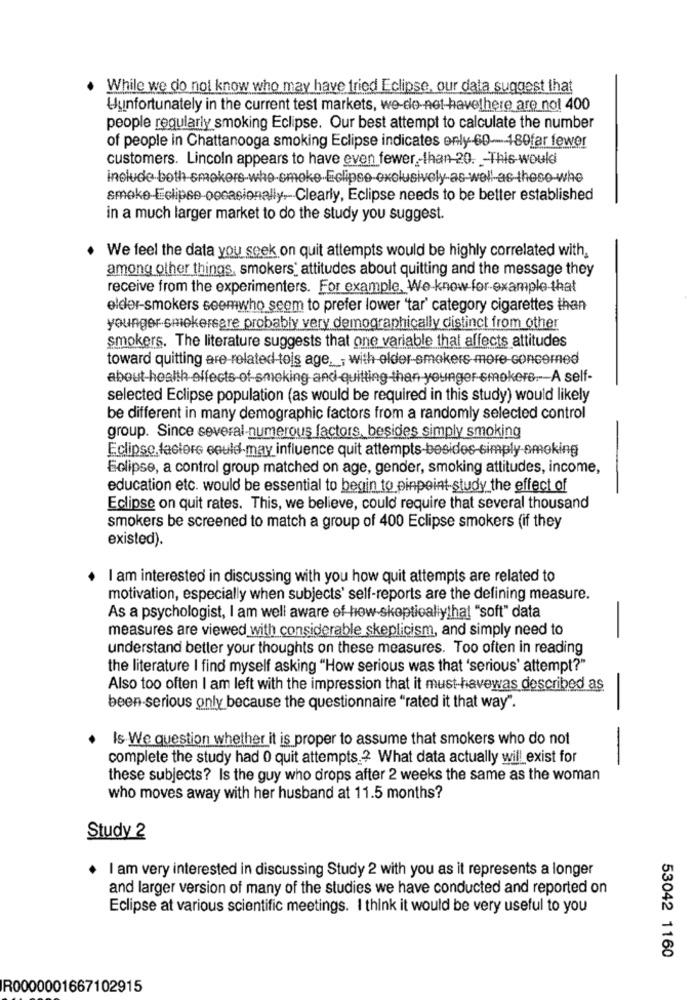
While we do not know who may have tried Eclipse, our data suggest that
Wunfortunately in the current test markets, we-do-net-havethere are not 400
people regularly smoking Eclipse. Our best attempt to calculate the number
of people in Chattanooga smoking Eclipse indicates only 60-180far fewer
customers. Lincoln appears to have even fewer,than 20. _- This would
smoke-Eclipse-occasionally.Clearly, Eclipse needs to be better established
in a much larger market to do the study you suggest.
We feel the data you seek on quit attempts would be highly correlated with,
among other things, smokers' attitudes about quitting and the message they
receive from the experimenters. For example, We-know for example-that
elder-smokers seemwho seem to prefer lower 'tar' category cigarettes than
younger smekersare probably very demographically distinct from other
smokers. The literature suggests that one variable that affects attitudes
toward quitting are-related tois age, , with older-smokers more-concerned
about-health effects of smoking and quitting than younger-smokers. A self-
selected Eclipse population (as would be required in this study) would likely
be different in many demographic factors from a randomly selected control
group. Since several numerous factors, besides simply smoking
Eclipse factors could-may influence quit attempts-besides-simply smoking
Eclipse, a control group matched on age, gender, smoking attitudes, income,
education etc. would be essential to begin to pinpoint study the effect of
Eclipse on quit rates. This, we believe, could require that several thousand
smokers be screened to match a group of 400 Eclipse smokers (if they
existed).
I am interested in discussing with you how quit attempts are related to
motivation, especially when subjects' self-reports are the defining measure.
-
As a psychologist, I am well aware of how-skopticallythat "soft" data
measures are viewed with considerable skepticism, and simply need to
-
understand better your thoughts on these measures. Too often in reading
the literature I find myself asking "How serious was that 'serious' attempt?"
Also too often I am left with the impression that it must-havewas described as
been serious only because the questionnaire "rated it that way".
-
Is We question whether it is proper to assume that smokers who do not
-
complete the study had 0 quit attempts ? What data actually will exist for
these subjects? Is the guy who drops after 2 weeks the same as the woman
who moves away with her husband at 11.5 months?
Study 2
I am very interested in discussing Study 2 with you as it represents a longer
and larger version of many of the studies we have conducted and reported on
Eclipse at various scientific meetings. I think it would be very useful to you
53042 1160
R0000001667102915